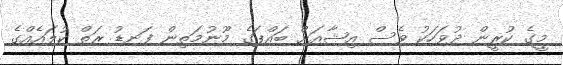
މީގެ ކުރީން ދުވަހަކު ވެސް އިޝާއަށް ބައްޕަގެ މޫނުމަތިން ފަނޑު ރަތް ކުލައެއްގެ